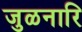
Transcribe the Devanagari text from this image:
जुळनारि